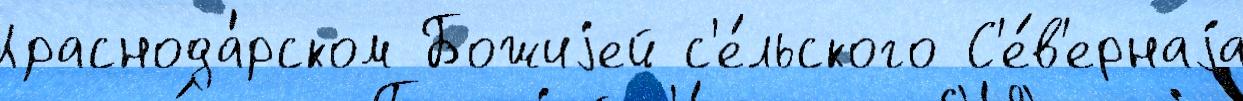
Краснода́рском Божиjей с'е́льского С'е́в'ернаjа